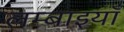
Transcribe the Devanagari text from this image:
लम्बाइयाँ